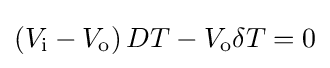
\left(V_{\text{i}}-V_{\text{o}}\right)DT-V_{\text{o}}\delta T=0